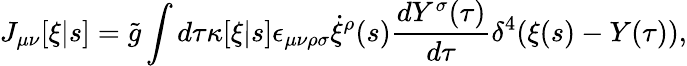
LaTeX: J_{\mu\nu}[\xi|s]=\tilde{g}\int d\tau\kappa[\xi|s]\epsilon_{\mu\nu\rho\sigma}\dot{\xi}^{\rho}(s)\frac{dY^{\sigma}(\tau)}{d\tau}\delta^{4}(\xi(s)-Y(\tau)),